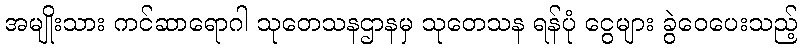
အမျိုးသား ကင်ဆာရောဂါ သုတေသနဌာနမှ သုတေသန ရန်ပုံ ငွေများ ခွဲဝေပေးသည့်